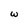
Character: w